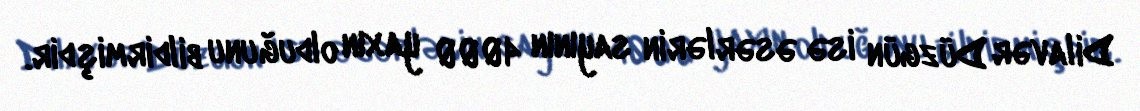
Dilavər Düzgün isə əsərlərin sayının 4000 yaxın olduğunu bildirmişdir.